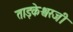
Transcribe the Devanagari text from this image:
ताड़केश्वरजी